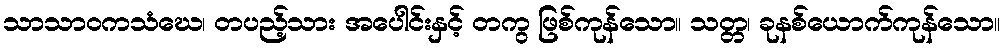
သာသာဝကသံဃေ၊ တပည့်သား အပေါင်းနှင့် တကွ ဖြစ်ကုန်သော။ သတ္တ၊ ခုနစ်ယောက်ကုန်သော။